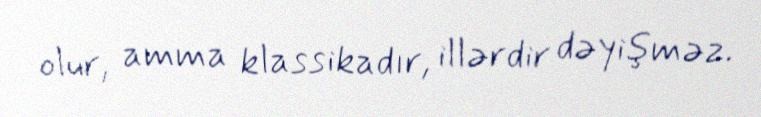
olur, amma klassikadır, illərdir dəyişməz.